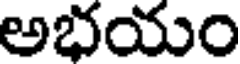
అభయం